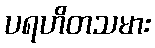
ပရဟိတသမား